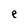
Character: e